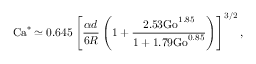
\mathrm { C a } ^ { * } \simeq 0 . 6 4 5 \left[ \frac { \alpha d } { 6 R } \left( 1 + \frac { 2 . 5 3 \mathrm { G o } ^ { 1 . 8 5 } } { 1 + 1 . 7 9 \mathrm { G o } ^ { 0 . 8 5 } } \right) \right] ^ { 3 / 2 } ,